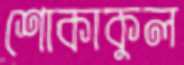
শোকাকুল